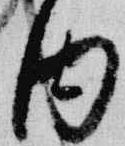
内